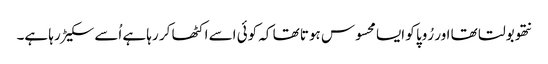
نتھو بولتا تھا اور رُوپا کو ایسا محسوس ہوتا تھا کہ کوئی اسے اکٹھا کر رہا ہے اُسے سکیڑ رہا ہے۔